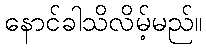
နောင်ခါသိလိမ့်မည်။